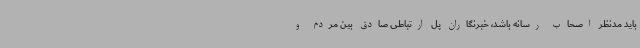
باید مدنظر اصحاب رسانه باشد، خبرنگاران پل ارتباطی صادق بین مردم و